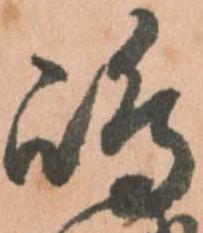
嶋